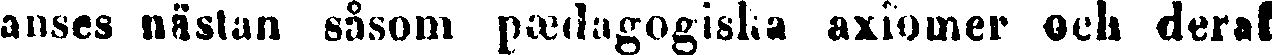
anses nästan såsom pedagogiska axiomer och deraf